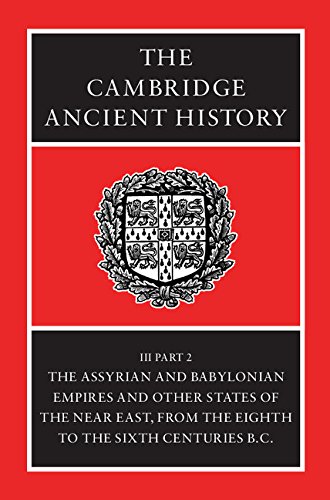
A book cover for The Cambridge Ancient History, Volume 3, Part 2: The Assyrian and Babylonian Empires and Other States of the Near East, from the Eighth to the Sixth Centuries BC; History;